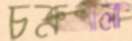
চক্রশালা